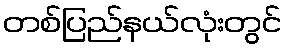
တစ်ပြည်နယ်လုံးတွင်